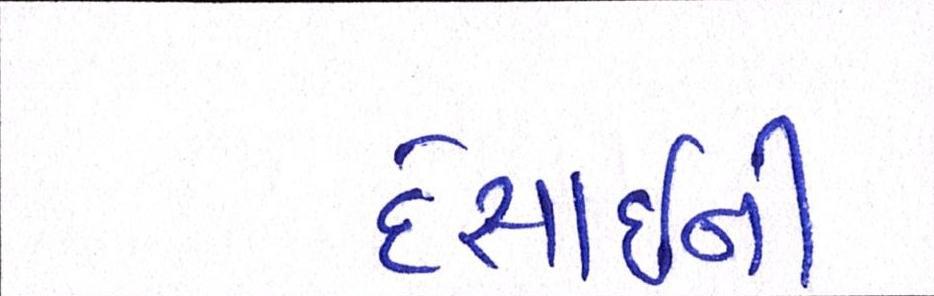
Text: દેસાઇની